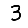
Digit: 3